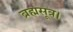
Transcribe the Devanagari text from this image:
ब्रह्मसूत्र।